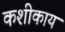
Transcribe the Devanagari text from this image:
कशीकाय